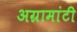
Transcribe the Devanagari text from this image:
अग्रामांटी